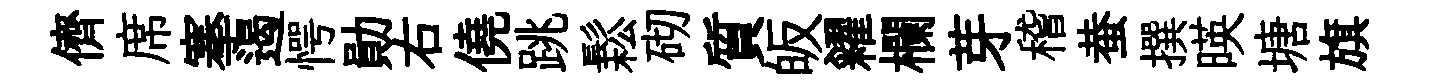
儕席搴遏愕勛右僥跳鬆砌質皈糴欄芽稽蛬撰暎塘旗